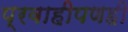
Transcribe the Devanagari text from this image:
प्रवाहीपणही